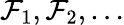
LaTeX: \mathcal{F}_{1},\mathcal{F}_{2},\dots